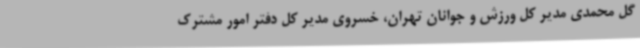
گل محمدی مدیر کل ورزش و جوانان تهران، خسروی مدیر کل دفتر امور مشترک